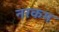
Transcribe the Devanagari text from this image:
नरकम